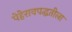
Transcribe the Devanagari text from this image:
पेहेरावपद्धतीला